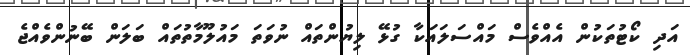
އަދި ކޯޓުތަކުން އެއްވެސް މައްސަލައަކާ ގުޅޭ ލިޔުންތައް ނުވަތަ މައުލޫމާތުތައް ބަލަން ބޭނުންވެއްޖެ